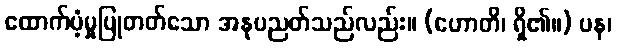
ထောက်ပံ့မှုပြုတတ်သော အနုပညတ်သည်လည်း။ (ဟောတိ၊ ရှိ၏။) ပန၊